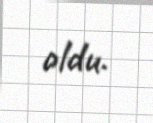
oldu.